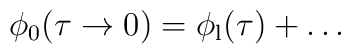
\phi _0(\tau \to 0)=\phi_{\rm l}(\tau )+\ldots